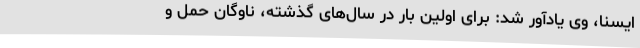
ایسنا، وی یادآور شد: برای اولین بار در سال‌های گذشته، ناوگان حمل و